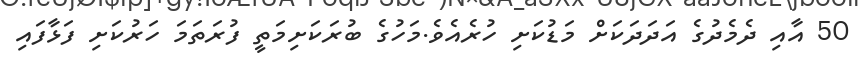
50 އާއި ދެމެދުގެ އަދަދަކަށް މަޑުކަށި ހުރެއެވެ.މަހުގެ ބުރަކަށިމަތީ ފުރަތަމަ ހަރުކަށި ފަޅާފައި